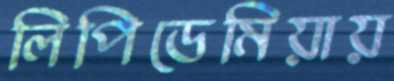
লিপিডেমিয়ায়